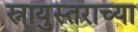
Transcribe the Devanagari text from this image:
स्नायुस्तराच्या